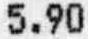
5.90